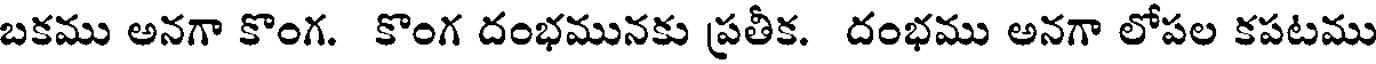
బకము అనగా కొంగ. కొంగ దంభమునకు ప్రతీక. దంభము అనగా లోపల కపటము